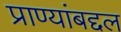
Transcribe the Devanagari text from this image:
प्राण्यांबद्दल